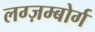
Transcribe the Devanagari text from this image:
लग्ज़म्बोर्ग